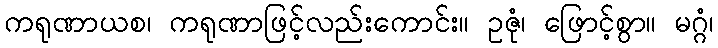
ကရုဏာယစ၊ ကရုဏာဖြင့်လည်းကောင်း။ ဥဇုံ၊ ဖြောင့်စွာ။ မဂ္ဂံ၊